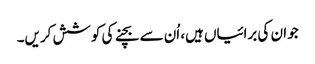
جو ان کی برائیاں ہیں، اُن سے بچنے کی کوشش کریں۔